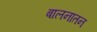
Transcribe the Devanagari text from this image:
बालनातन